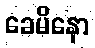
ခေမိနော